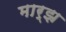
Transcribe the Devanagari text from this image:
मार्झ